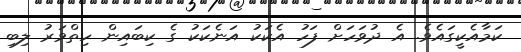
ކަމާއެކީގައެވެ. އެ ދުވަހަށް ފަހު އެކަކު އަނެކަކު ގެ ކިބައިން ހިތްވަރު ލިބި